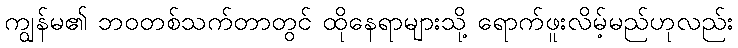
ကျွန်မ၏ ဘဝတစ်သက်တာတွင် ထိုနေရာများသို့ ရောက်ဖူးလိမ့်မည်ဟုလည်း